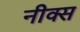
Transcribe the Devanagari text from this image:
नीक्स